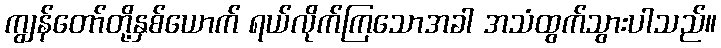
ကျွန်တော်တို့နှစ်ယောက် ရယ်လိုက်ကြသောအခါ အသံထွက်သွားပါသည်။